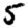
Digit: 5